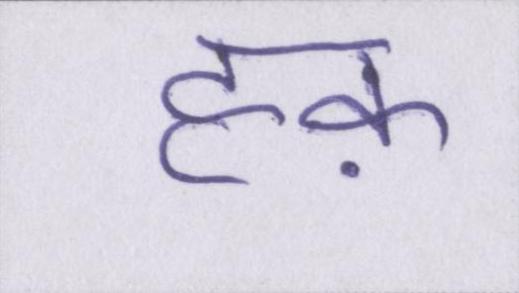
हक़